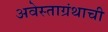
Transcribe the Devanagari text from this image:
अवेस्ताग्रंथाची